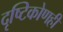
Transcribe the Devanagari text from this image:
दृष्टिकोणही